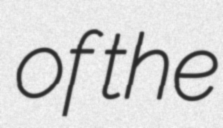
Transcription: of the